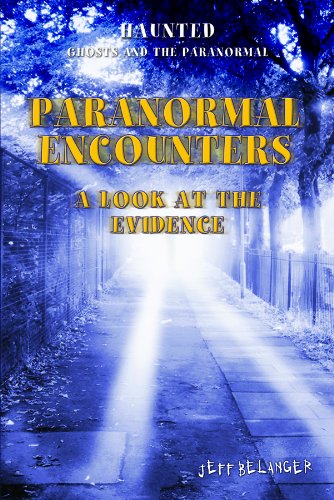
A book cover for Paranormal Encounters: A Look at the Evidence (Haunted: Ghosts and the Paranormal); Jeff Belanger; Teen & Young Adult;